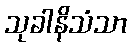
သုခါနိသံသာ